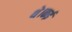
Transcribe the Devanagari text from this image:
थे।कई